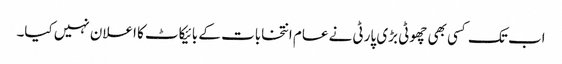
اب تک کسی بھی چھوٹی بڑی پارٹی نے عام انتخابات کے بائیکاٹ کا اعلان نہیں کیا۔